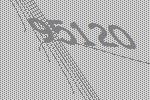
95120